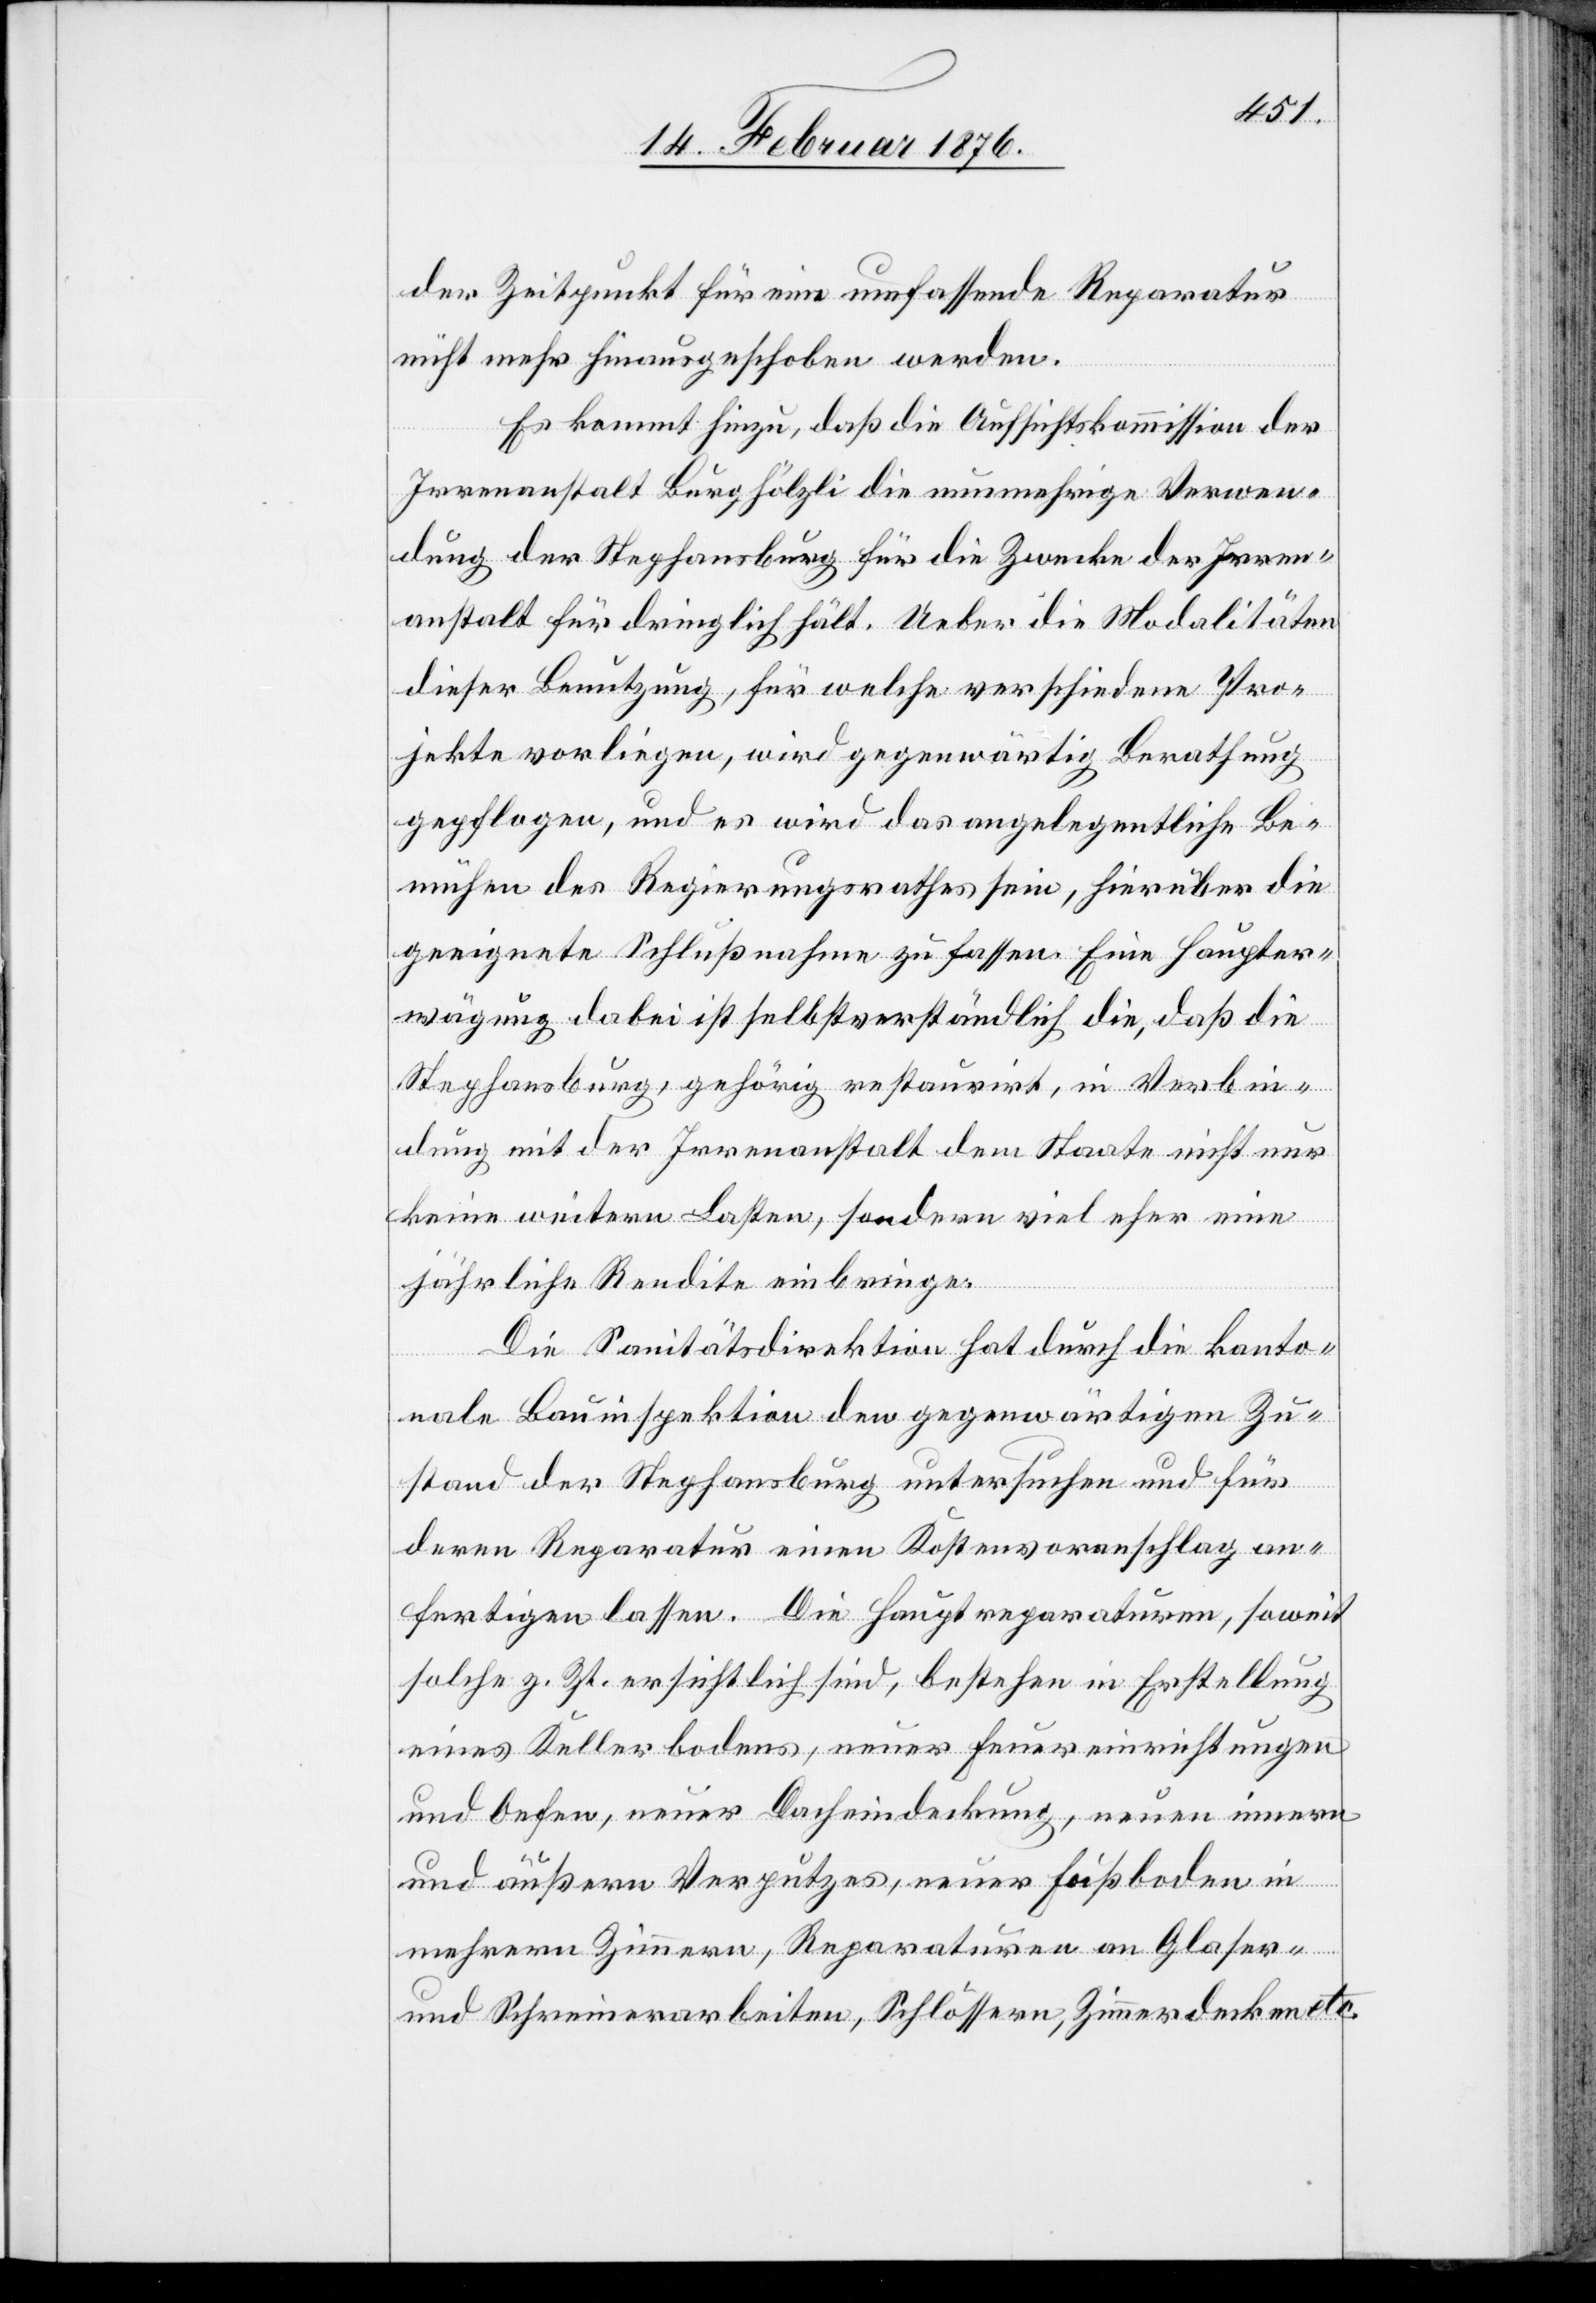
der Zeitpunkt für eine umfassende Reparatur
nicht mehr hinausgeschoben werden.
Es kommt hinzu, daß die Aufsichtskommission der
Irrenanstalt Burghölzli die nunmehrige Verwen¬
dung der Stephansburg für die Zwecke der Irren¬
anstalt für dringlich hält. Ueber die Modalitäten
dieser Benutzung, für welche verschiedene Pro¬
jekte vorliegen, wird gegenwärtig Berathung
gepflogen, und es wird das angelegentliche Be¬
mühen des Regierungsrathes sein, hierüber die
geeignete Schlußnahme zu fassen. Eine Haupter¬
wägung dabei ist selbstverständlich die, daß die
Stephansburg, gehörig restauriert, in Verbin¬
dung mit der Irrenanstalt dem Staate nicht nur
keine weiteren Kosten, sondern viel mehr eine
äuß¬
jährliche Kredite einbringe.
Die Sanitätsdirektion hat durch die kanto¬
nale Bauinspektion den gegenwärtigen Zu¬
stand der Stephansburg untersuchen und für
deren Reparatur einen Kostenvoranschlag an¬
fertigen lassen. Die Hauptreparaturen, soweit
solche z. Zt. ersichtlich sind, bestehen in Erstellung
eines Kellerbodens, neuer Feuereinrichtungen
und Oefen, neuer Dacheindeckung, neuen inneren
und
eren Zimmern, Reparaturen an Glaser-
und Schreinerarbeiten, Schlössern, Zimmerdecken etc.